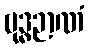
ဗုဒ္ဓဉာဏံ